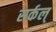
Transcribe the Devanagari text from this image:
सर्कल्